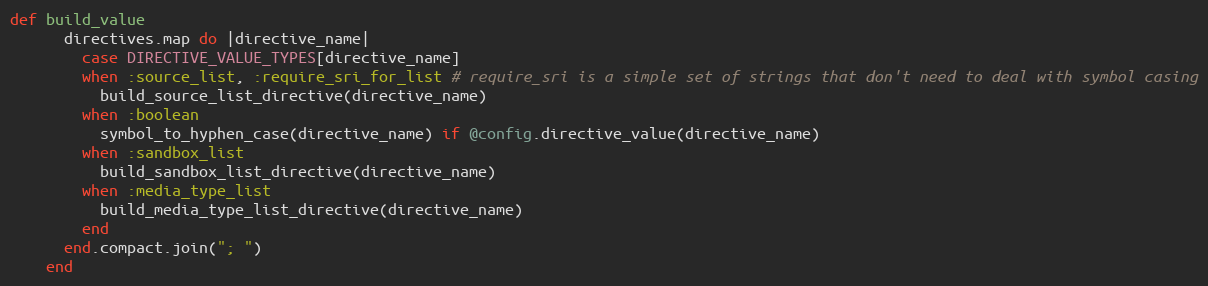
Language: Ruby
def build_value
      directives.map do |directive_name|
        case DIRECTIVE_VALUE_TYPES[directive_name]
        when :source_list, :require_sri_for_list # require_sri is a simple set of strings that don't need to deal with symbol casing
          build_source_list_directive(directive_name)
        when :boolean
          symbol_to_hyphen_case(directive_name) if @config.directive_value(directive_name)
        when :sandbox_list
          build_sandbox_list_directive(directive_name)
        when :media_type_list
          build_media_type_list_directive(directive_name)
        end
      end.compact.join("; ")
    end